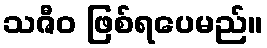
သဇီဝ ဖြစ်ရပေမည်။